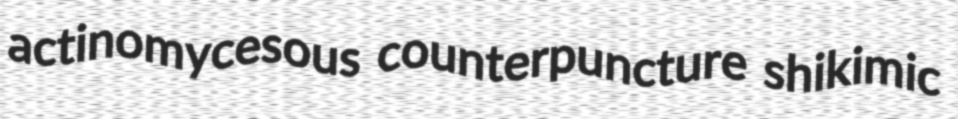
actinomycesous counterpuncture shikimic